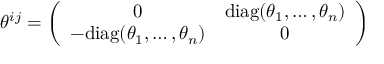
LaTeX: \theta ^ { i j } = \left( \begin{array} { c c } { { 0 } } & { { \mathrm { d i a g } ( \theta _ { 1 } , \dots , \theta _ { n } ) } } \\ { { - \mathrm { d i a g } ( \theta _ { 1 } , \dots , \theta _ { n } ) } } & { { 0 } } \end{array} \right)